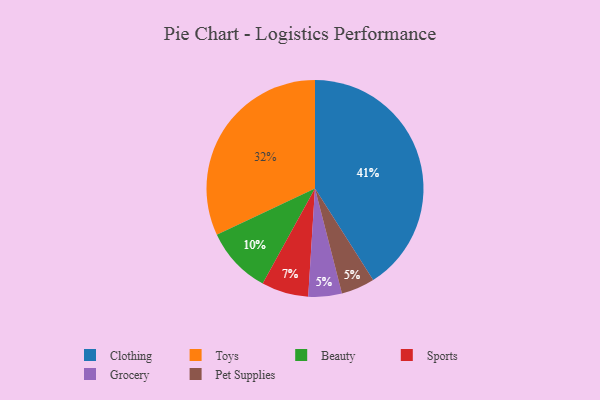
{"axis": {"x": "Category", "y": "Percentage"}, "legend": ["Beauty", "Clothing", "Grocery", "Pet Supplies", "Sports", "Toys"], "data": [{"x": "Toys", "y": 32, "type": "Toys"}, {"x": "Grocery", "y": 5, "type": "Grocery"}, {"x": "Clothing", "y": 41, "type": "Clothing"}, {"x": "Pet Supplies", "y": 5, "type": "Pet Supplies"}, {"x": "Beauty", "y": 10, "type": "Beauty"}, {"x": "Sports", "y": 7, "type": "Sports"}]}